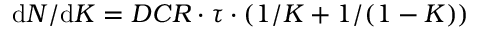
\mathrm { d } N / { \mathrm { d } K } = D C R \cdot \tau \cdot \left( { 1 } / { K } + { 1 } / ( { 1 - K } ) \right)